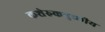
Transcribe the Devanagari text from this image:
कशेरुकपुच्छीय